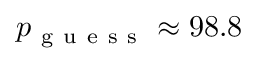
p _ { \mathrm { ~ g ~ u ~ e ~ s ~ s ~ } } \approx 9 8 . 8 \